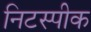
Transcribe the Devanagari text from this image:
निटस्पीक